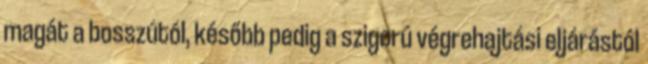
magát a bosszútól, később pedig a szigorú végrehajtási eljárástól